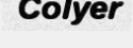
Colyer